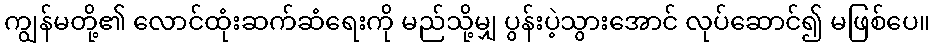
ကျွန်မတို့၏ လောင်ထုံးဆက်ဆံရေးကို မည်သို့မျှ ပွန်းပဲ့သွားအောင် လုပ်ဆောင်၍ မဖြစ်ပေ။